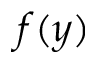
f ( y )